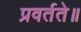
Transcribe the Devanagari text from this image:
प्रवर्तते॥